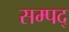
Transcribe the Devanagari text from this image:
सम्पद्